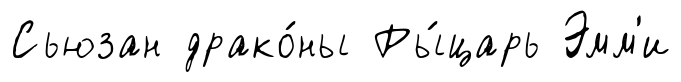
Сьюзан драко́ны Ры́царь Эмм'и